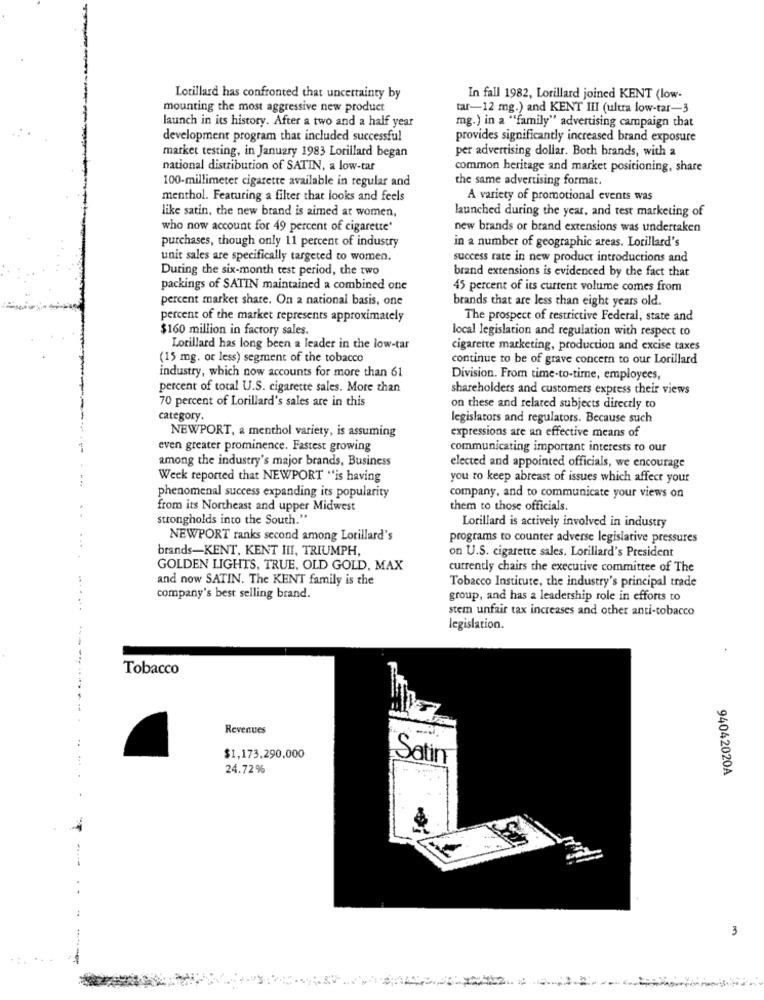
Lorillard has confronted that uncertainty by
In fall 1982, Lorillard joined KENT (low-
mounting the most aggressive new product
tar-12 mg.) and KENT III (ultra low-tar-3
launch in its history. After a two and a half year
mg.) in a "family" advertising campaign that
development program that included successful
provides significantly increased brand exposure
market testing, in January 1983 Lorillard began
per advertising dollar. Both brands, with a
national distribution of SATIN, a low-tar
common heritage and market positioning, share
100-millimeter cigarette available in regular and
the same advertising format.
menthol. Featuring a filter that looks and feels
A variety of promotional events was
launched during the year, and test marketing of
like satin, the new brand is aimed at women,
who now account for 49 percent of cigarette'
new brands or brand extensions was undertaken
purchases, though only 11 percent of industry
in a number of geographic areas. Lorillard's
unit sales are specifically targeted to women.
success rate in new product introductions and
During the six-month test period, the two
brand extensions is evidenced by the fact that
packings of SATIN maintained a combined one
45 percent of its current volume comes from
percent market share. On a national basis, one
brands that are less than eight years old.
percent of the market represents approximately
The prospect of restrictive Federal, state and
$160 million in factory sales.
local legislation and regulation with respect to
Lorillard has long been a leader in the low-tar
cigarette marketing, production and excise taxes
(15 mg. or less) segment of the tobacco
continue to be of grave concern to our Lorillard
industry, which now accounts for more than 61
Division. From time-to-time, employees,
percent of total U.S. cigarette sales. More than
shareholders and customers express their views
70 percent of Lorillard's sales are in this
on these and related subjects directly to
category.
legislators and regulators. Because such
NEWPORT, a menthol variety, is assuming
expressions are an effective means of
even greater prominence. Fastest growing
communicating important interests to our
among the industry's major brands, Business
elected and appointed officials, we encourage
Week reported that NEWPORT "is having
you to keep abreast of issues which affect your
phenomenal success expanding its popularity
company, and to communicate your views on
from its Northeast and upper Midwest
them to those officials.
strongholds into the South."
Lorillard is actively involved in industry
NEWPORT ranks second among Lorillard's
programs to counter adverse legislative pressures
brands-KENT, KENT III, TRIUMPH,
on U.S. cigarette sales. Lorillard's President
GOLDEN LIGHTS, TRUE, OLD GOLD, MAX
currently chairs the executive committee of The
and now SATIN. The KENT family is the
Tobacco Institute, the industry's principal trade
company's best selling brand.
group, and has a leadership role in efforts to
stem unfair tax increases and other anti-tobacco
legislation.
Tobacco
Revenues
.4
...
$1,173.290,000
Satin
24.72%
94042020A
3